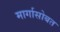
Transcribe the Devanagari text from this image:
मार्गासोबत